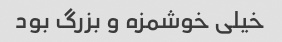
خیلی خوشمزه و بزرگ بود